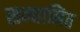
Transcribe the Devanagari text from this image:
सन्धानित